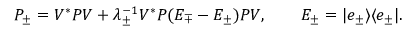
P _ { \pm } = V ^ { * } P V + \lambda _ { \pm } ^ { - 1 } V ^ { * } P ( E _ { \mp } - E _ { \pm } ) P V , \qquad E _ { \pm } = | e _ { \pm } \rangle \langle e _ { \pm } | .